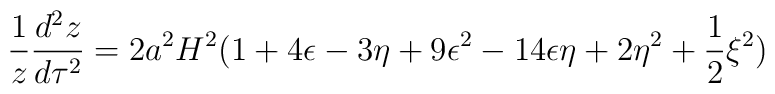
\frac{1}{z}\frac{d^2z}{d\tau^2}=2a^2H^2(1+4\epsilon -3\eta+9\epsilon^2-14\epsilon \eta+2\eta^2+\frac{1}{2}\xi^2)